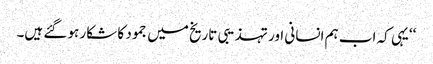
‘‘یہی کہ اب ہم انسانی اور تہذیبی تاریخ میں جمود کا شکار ہو گئے ہیں۔